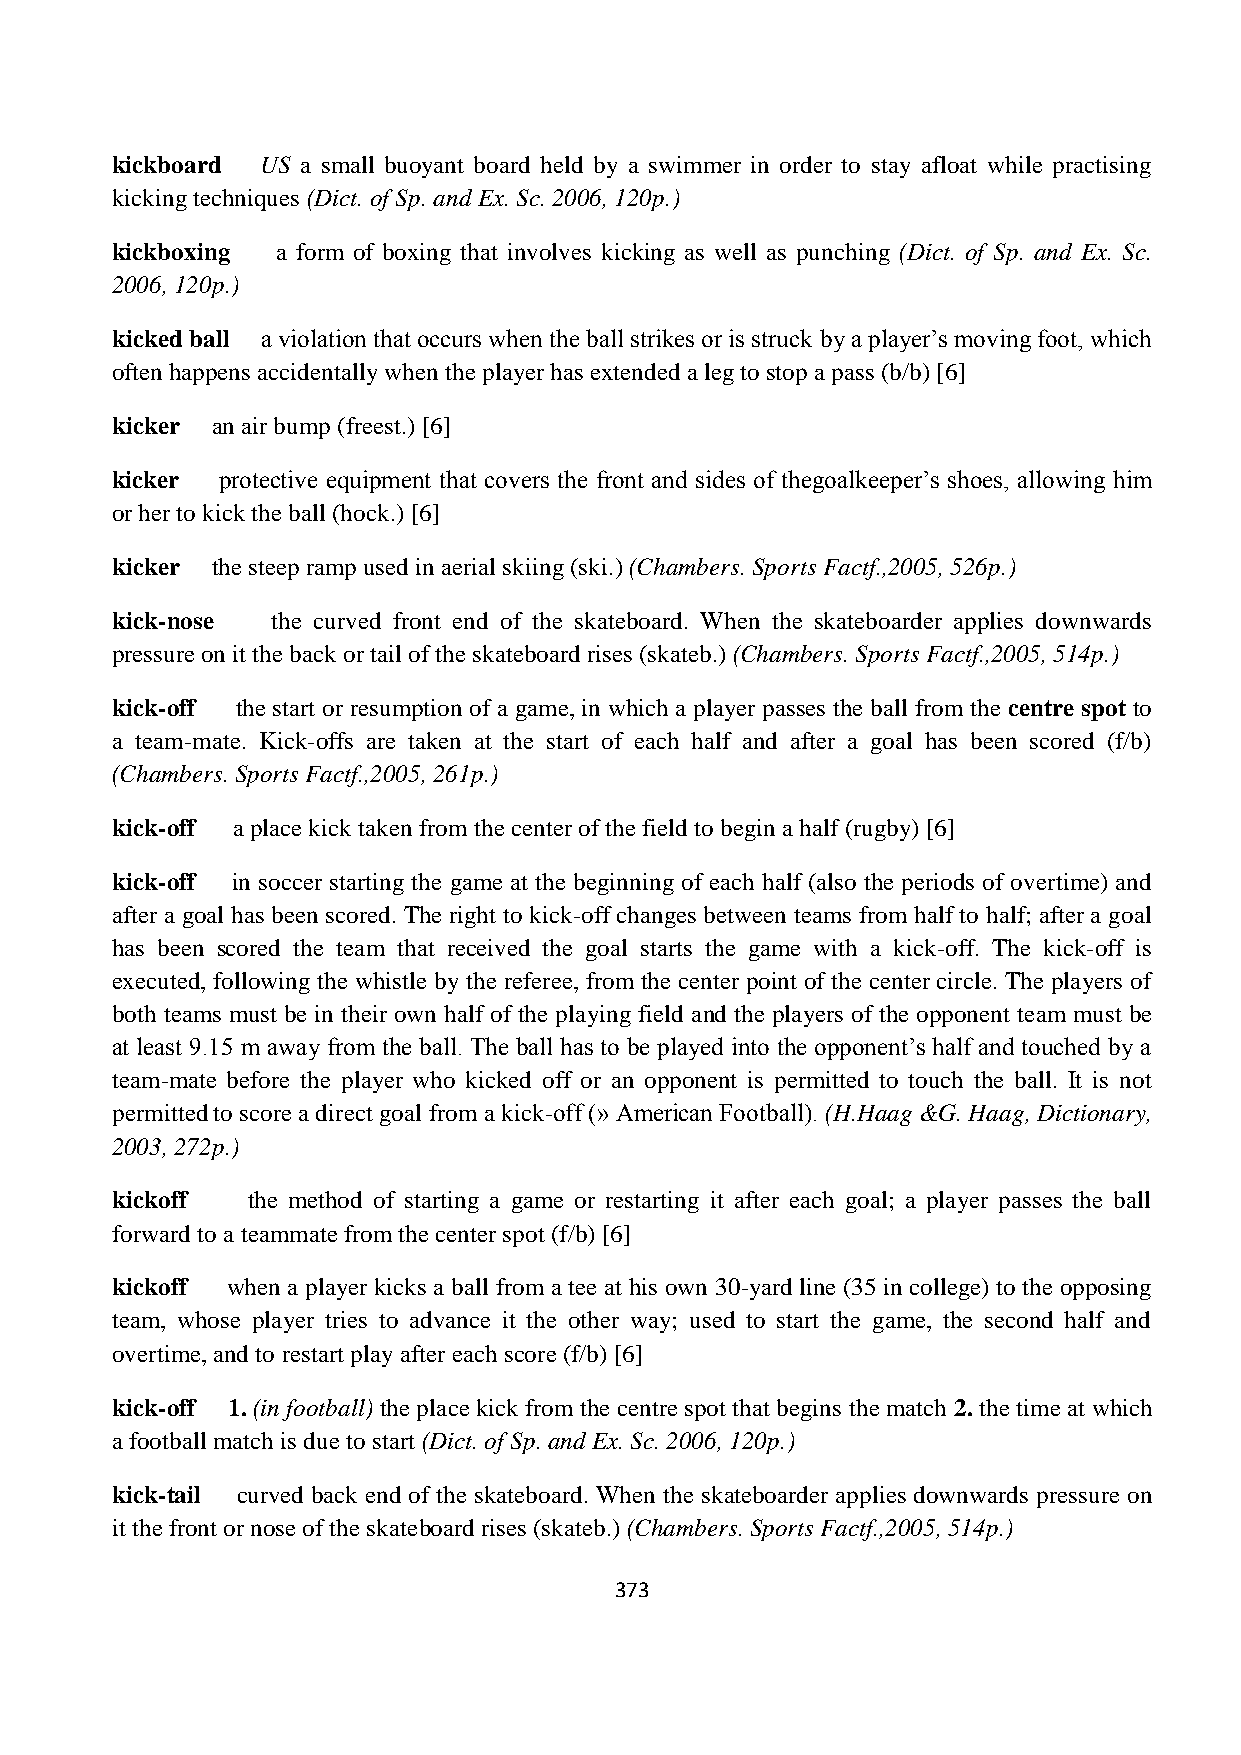
kickboard US a small buoyant board held by a swimmer in order to stay afloat while practising
 kicking techniques (Dict. of Sp. and Ex. Sc. 2006, 120p.)
 kickboxing a form of boxing that involves kicking as well as punching (Dict. of Sp. and Ex. Sc.
 2006, 120p.)
 kicked ball a violation that occurs when the ball strikes or is struck by a player‟s moving foot, which
 often happens accidentally when the player has extended a leg to stop a pass (b/b) [6]
 kicker an air bump (freest.) [6]
 kicker  protective equipment that covers the front and sides of thegoalkeeper‟s shoes, allowing him
 or her to kick the ball (hock.) [6]
 kicker the steep ramp used in aerial skiing (ski.) (Chambers. Sports Factf.,2005, 526p.)
 kick-nose  the curved front end of the skateboard. When the skateboarder applies downwards
 pressure on it the back or tail of the skateboard rises (skateb.) (Chambers. Sports Factf.,2005, 514p.)
 kick-off the start or resumption of a game, in which a player passes the ball from the centre spot to
 a team-mate. Kick-offs are taken at the start of each half and after a goal has been scored (f/b)
 (Chambers. Sports Factf.,2005, 261p.)
 kick-off a place kick taken from the center of the field to begin a half (rugby) [6]
 kick-off in soccer starting the game at the beginning of each half (also the periods of overtime) and
 after a goal has been scored. The right to kick-off changes between teams from half to half; after a goal
 has been scored the team that received the goal starts the game with a kick-off. The kick-off is
 executed, following the whistle by the referee, from the center point of the center circle. The players of
 both teams must be in their own half of the playing field and the players of the opponent team must be
 at least 9.15 m away from the ball. The ball has to be played into the opponent‟s half and touched by a
 team-mate before the player who kicked off or an opponent is permitted to touch the ball. It is not
 permitted to score a direct goal from a kick-off (» American Football). (H.Haag &G. Haag, Dictionary,
 2003, 272p.)
 kickoff  the method of starting a game or restarting it after each goal; a player passes the ball
 forward to a teammate from the center spot (f/b) [6]
 kickoff when a player kicks a ball from a tee at his own 30-yard line (35 in college) to the opposing
 team, whose player tries to advance it the other way; used to start the game, the second half and
 overtime, and to restart play after each score (f/b) [6]
 kick-off 1. (in football) the place kick from the centre spot that begins the match 2. the time at which
 a football match is due to start (Dict. of Sp. and Ex. Sc. 2006, 120p.)
 kick-tail curved back end of the skateboard. When the skateboarder applies downwards pressure on
 it the front or nose of the skateboard rises (skateb.) (Chambers. Sports Factf.,2005, 514p.)
 373